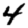
Digit: 4